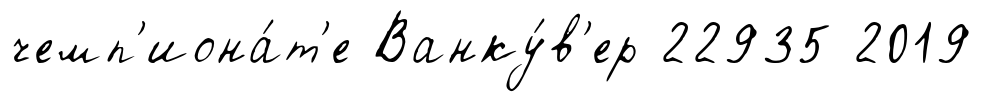
чемп'иона́т'е Ванку́в'ер 22935 2019